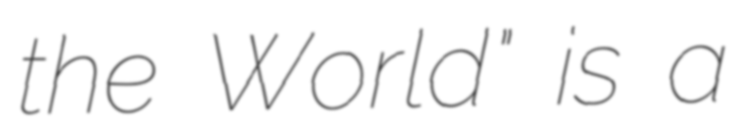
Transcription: the World" is a